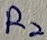
Text: R2